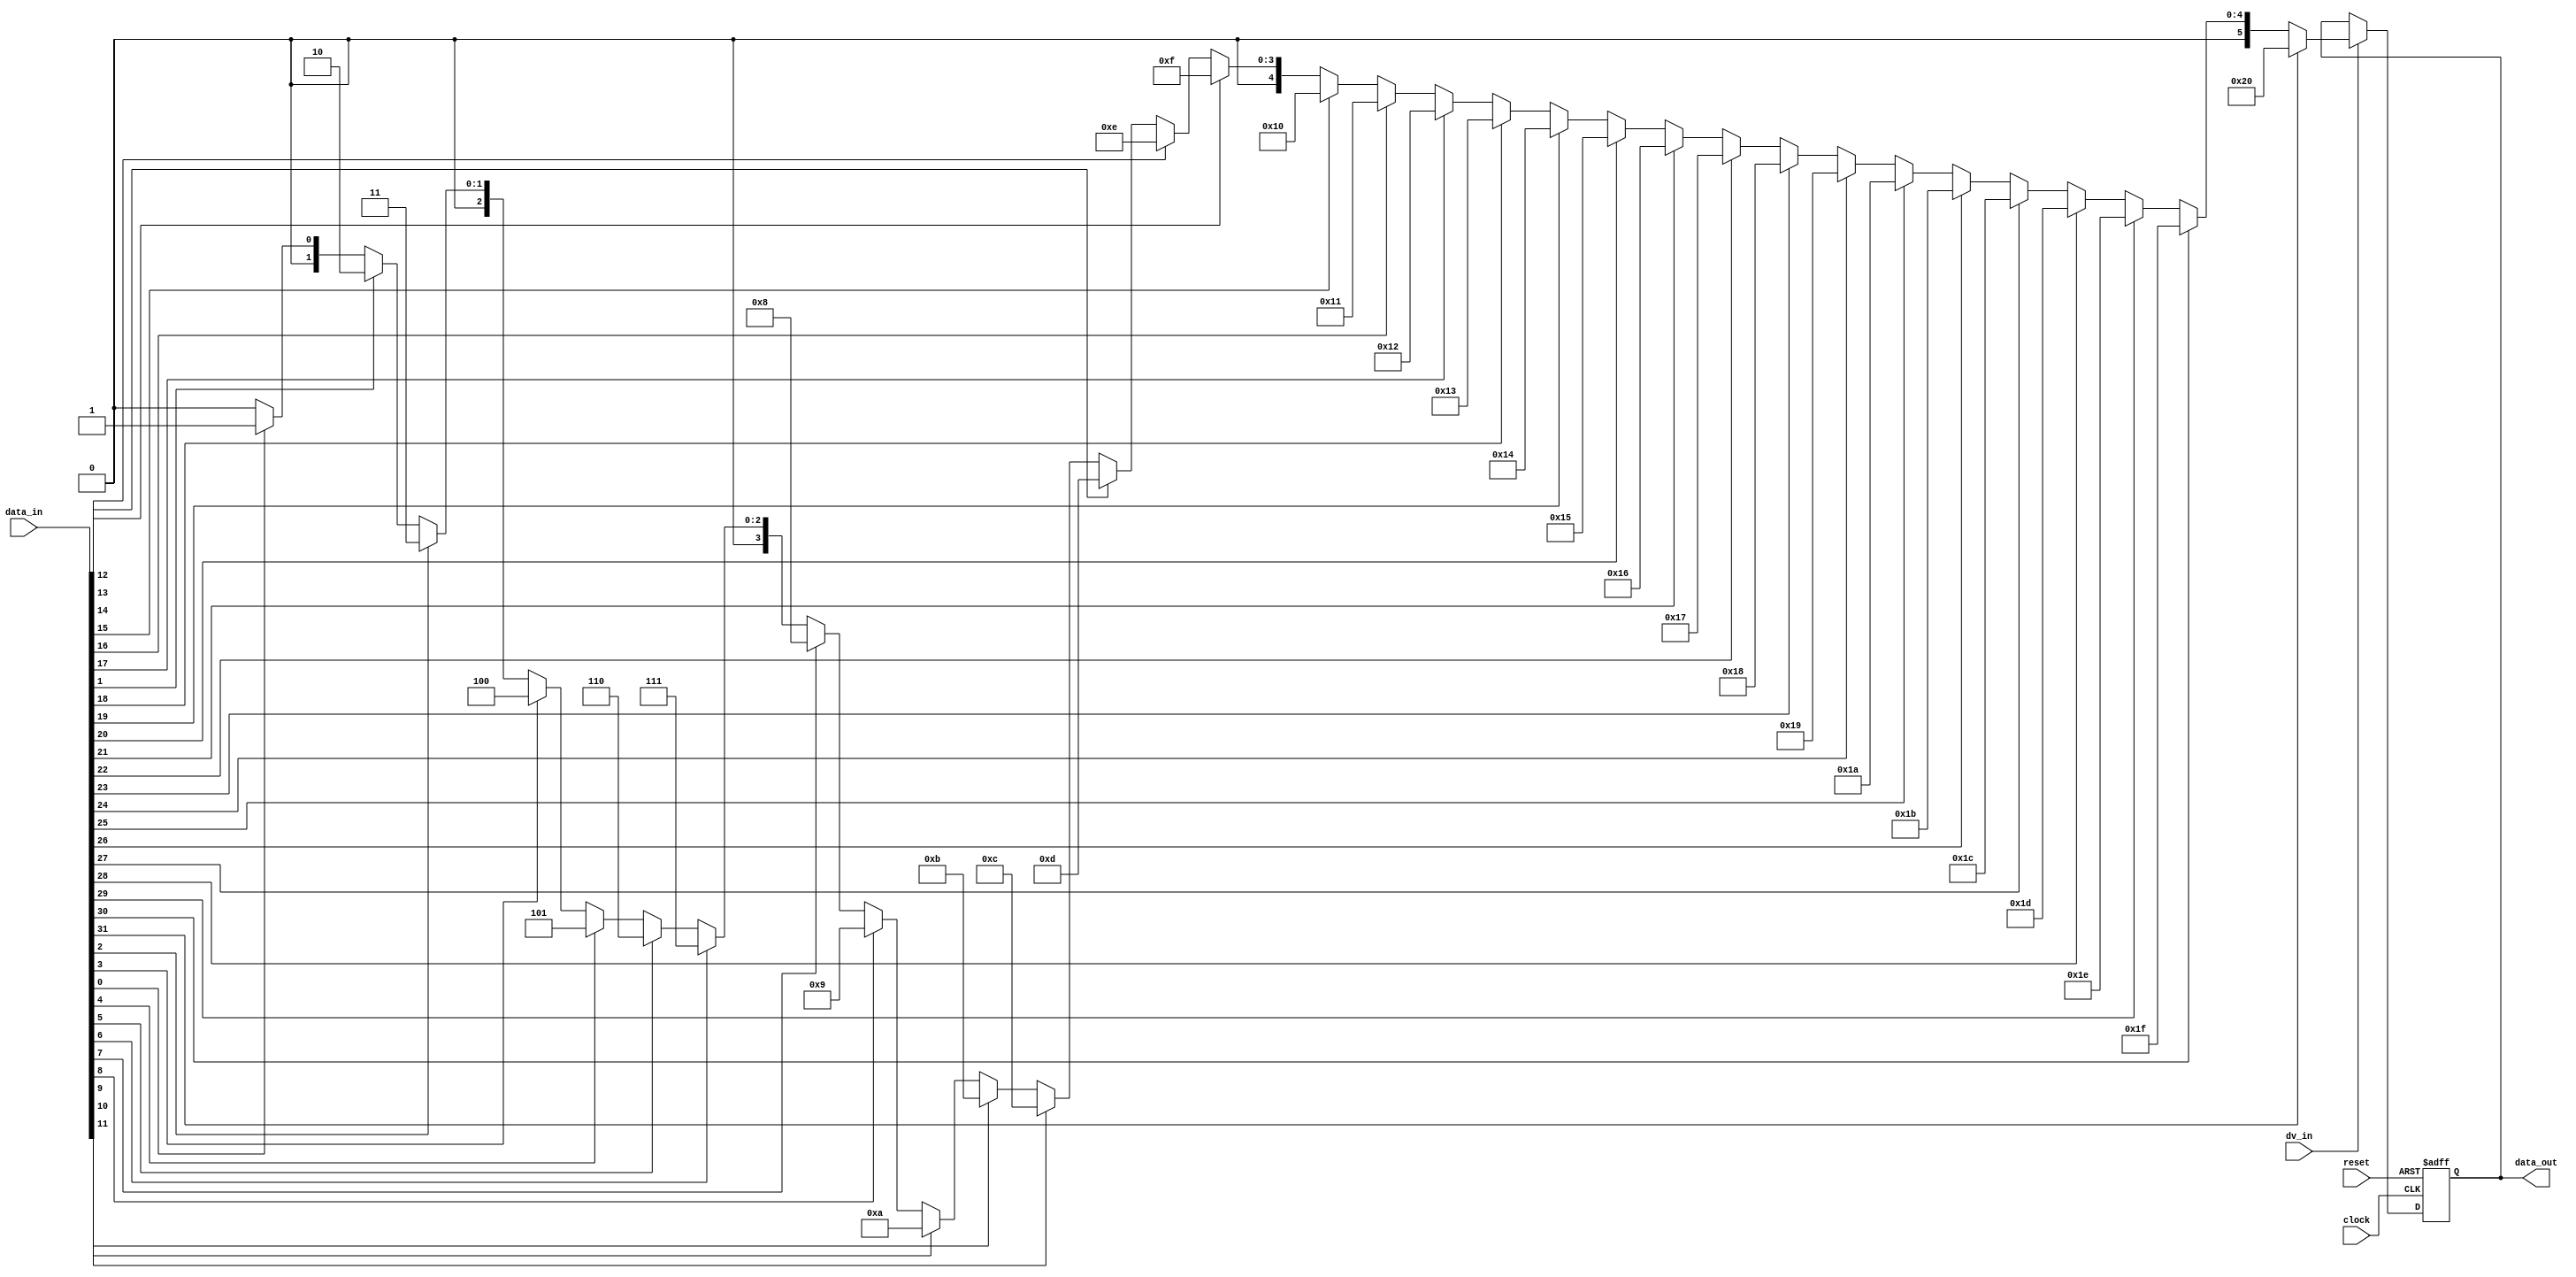
`timescale 1ns / 1ps
//////////////////////////////////////////////////////////////////////////////////
// Company: 
// Engineer: 
// 
// Design Name: 
// Module Name:    priority_encoder_22to5 
// Project Name: 
// Target Devices: 
// Tool versions: 
// Description: 
//
// Dependencies: 
//
// Revision: 
// Revision 0.01 - File Created
// Additional Comments: 
//
//////////////////////////////////////////////////////////////////////////////////
module priority_encoder_32to6(
			      input 	   clock,
			      input 	   reset,
			      input [31:0] data_in,
			      input 	   dv_in,
			      output reg [5:0] data_out);
      
always @ (posedge reset, posedge clock)
  begin
     if(reset == 1'b1) begin
	data_out = 6'b000000;
     end
     else begin
	if (dv_in) begin
	   if (data_in[31] == 1'b1) begin 
	      data_out =32; 
	   end else if (data_in[30] == 1'b1) begin 
	      data_out =31; 
	   end else if (data_in[29] == 1'b1) begin 
	      data_out =30; 
	   end else if (data_in[28] == 1'b1) begin 
	      data_out =29; 
	   end else if (data_in[27] == 1'b1) begin 
	      data_out =28; 
	   end else if (data_in[26] == 1'b1) begin 
	      data_out =27; 
	   end else if (data_in[25] == 1'b1) begin 
	      data_out =26; 
	   end else if (data_in[24] == 1'b1) begin 
	      data_out =25; 
	   end else if (data_in[23] == 1'b1) begin 
	      data_out =24; 
	   end else if (data_in[22] == 1'b1) begin 
	      data_out =23; 
	   end else if (data_in[21] == 1'b1) begin 
	      data_out =22; 
	   end else if (data_in[20] == 1'b1) begin 
	      data_out =21; 
	   end else if (data_in[19] == 1'b1) begin 
	      data_out =20; 
	   end else if (data_in[18] == 1'b1) begin 
	      data_out =19; 
	   end else if (data_in[17] == 1'b1) begin 
	      data_out =18; 
	   end else if (data_in[16] == 1'b1) begin 
	      data_out =17; 
	   end else if (data_in[15] == 1'b1) begin 
	      data_out =16; 
	   end else if (data_in[14] == 1'b1) begin 
	      data_out =15; 
	   end else if (data_in[13] == 1'b1) begin 
	      data_out =14;
	   end else if (data_in[12] == 1'b1) begin 
	      data_out =13; 
	   end else if (data_in[11] == 1'b1) begin 
	      data_out =12; 
	   end else if (data_in[10] == 1'b1) begin 
	      data_out =11; 
	   end else if (data_in[9] == 1'b1) begin 
	      data_out =10; 
	   end else if (data_in[8] == 1'b1) begin 
	      data_out =9; 
	   end else if (data_in[7] == 1'b1) begin 
	      data_out =8; 
	   end else if (data_in[6] == 1'b1) begin 
	      data_out =7; 
	   end else if (data_in[5] == 1'b1) begin 
	      data_out =6; 
	   end else if (data_in[4] == 1'b1) begin 
	      data_out =5; 
	   end else if (data_in[3] == 1'b1) begin 
	      data_out =4; 
	   end else if (data_in[2] == 1'b1) begin 
	      data_out =3; 
	   end else if (data_in[1] == 1'b1) begin 
	      data_out =2; 
	   end else if (data_in[0] == 1'b1) begin 
	      data_out =1; 
	   end else begin 
	      data_out =0; 
	   end
	end // if (enable)
     end // else: !if(reset == 1'b1)
  end // always @ (posedge reset, posedge clock)
   

endmodule